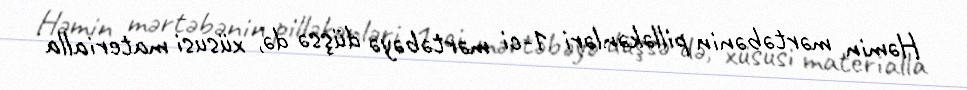
Həmin mərtəbənin pilləkənləri 1-ci mərtəbəyə düşsə də, xüsusi materialla